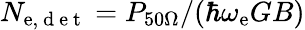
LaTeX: N_{\mathrm{e},\mathrm{{~d~\mathrm{e}~t~}}}=P_{50\Omega}/(\hbar\omega_{\mathrm{e}}GB)